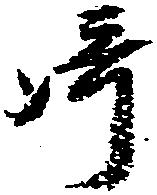
崎